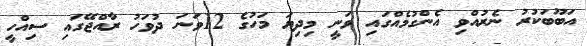
އަބޫބަކުރު ނެރުއްވި އެންގުމެއްގައި ވަނީ މިދިޔަ މަހުގެ 12ވަނަ ދުވަހު ރާއްޖޭގައި ސިއްހީ